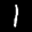
Digit: 1